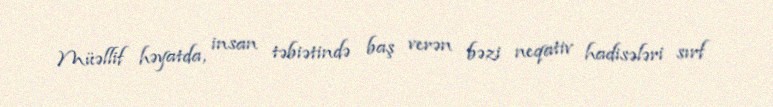
Müəllif həyatda, insan təbiətində baş verən bəzi neqativ hadisələri sırf